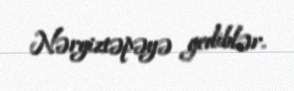
Nərgiztəpəyə gediblər.